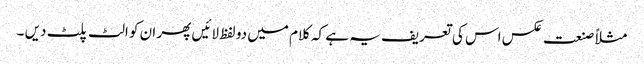
مثلاً صنعت عکس اس کی تعریف یہ ہے کہ کلام میں دو لفظ لائیں پھر ان کو الٹ پلٹ دیں ۔